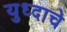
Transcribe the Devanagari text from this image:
युध्दाचे